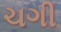
ચગી